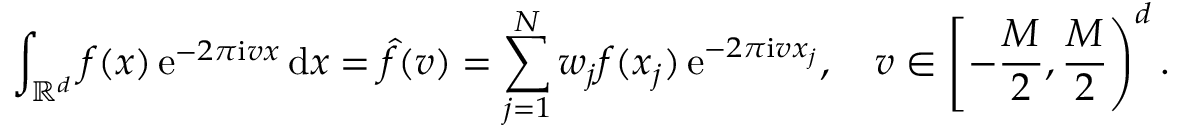
\int _ { \mathbb R ^ { d } } f ( \boldsymbol x ) \, \mathrm e ^ { - 2 \pi \mathrm i \boldsymbol v \boldsymbol x } \, \mathrm d \boldsymbol x = \hat { f } ( \boldsymbol v ) = \sum _ { j = 1 } ^ { N } w _ { j } f ( \boldsymbol x _ { j } ) \, \mathrm e ^ { - 2 \pi \mathrm i \boldsymbol v \boldsymbol x _ { j } } , \quad \boldsymbol v \in \left[ - \frac M 2 , \frac M 2 \right) ^ { d } .